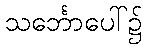
သင်္ဘောပေါ်၌